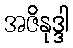
အဇိနုဒ္ဒါ